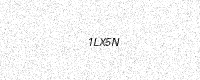
Text: 1LX5N